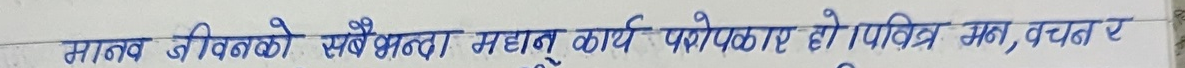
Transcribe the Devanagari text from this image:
मानव जीवनको सबैभन्दा महान् कार्य परोपकार हो। पवित्र मन, वचन र